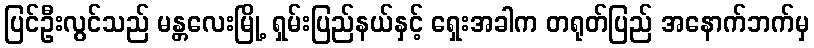
ပြင်ဦးလွင်သည် မန္တလေးမြို့ ရှမ်းပြည်နယ်နှင့် ရှေးအခါက တရုတ်ပြည် အနောက်ဘက်မှ